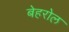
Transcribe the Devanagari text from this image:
बेहरोल